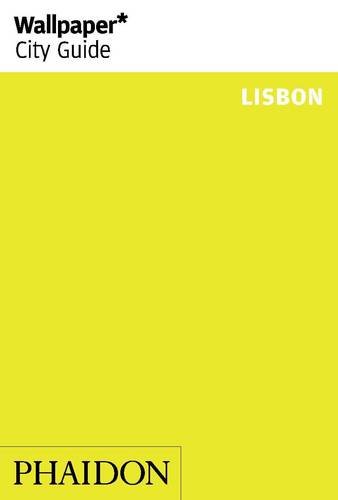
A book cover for Wallpaper* City Guide Lisbon 2014 (Wallpaper City Guides); Wallpaper*; Travel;